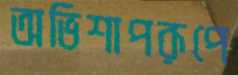
অভিশাপরূপে